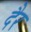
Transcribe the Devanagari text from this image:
दैर